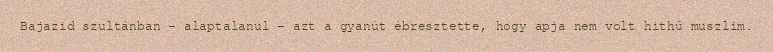
Bajazid szultánban – alaptalanul – azt a gyanút ébresztette, hogy apja nem volt hithű muszlim.